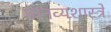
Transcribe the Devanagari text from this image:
मानव्यशास्त्रे